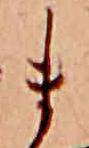
ま